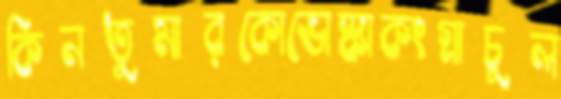
কিনতুমারকোভোস্কাকংগ্রাচুল